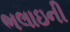
ભલાઇની